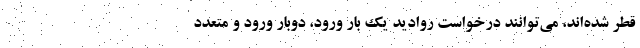
قطر شده‌اند، می‌توانند درخواست روادید یک بار ورود، دوبار ورود و متعدد